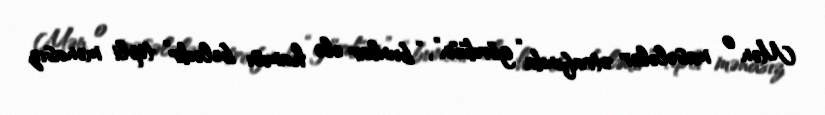
Mən o məsələlər ətrafında “gördüün”, “bunlar elə hamısı belədir” tipli mənasız